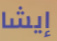
إيشا